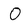
Character: O